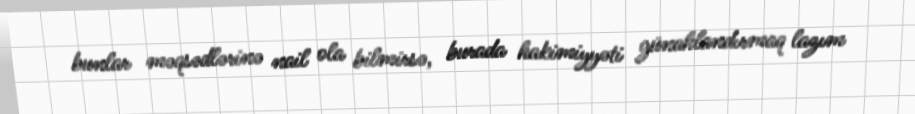
bunlar məqsədlərinə nail ola bilmirsə, burada hakimiyyəti günahlandırmaq lazım